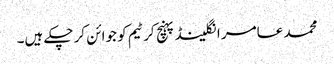
محمد عامر انگلینڈ پہنچ کر ٹیم کو جوائن کر چکے ہیں۔